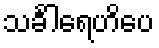
သင်္ခါရေဟိပေ